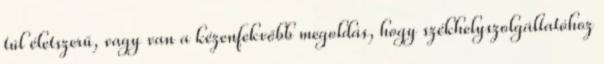
túl életszerű, vagy van a kézenfekvőbb megoldás, hogy székhelyszolgáltatóhoz